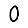
Digit: 0